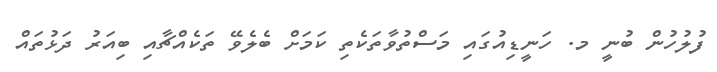
ފުލުހުން ބުނީ މ. ހަނީޑިއުގައި މަސްތުވާތަކެތި ކަމަށް ބެލެވޭ ތަކެއްޗާއި ބިއަރު ދަޅުތައް